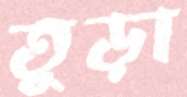
তুড়া